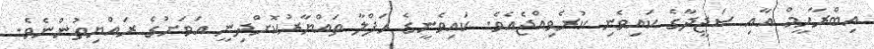
އިބްރާހީމް އާއި ސަޖީދާގެ ކައިވެނި ކުރެވިއްޖެއެވެ. ކައިވެނީގެ ހަފްލާ ތައްޔާރުކޮށްދިނީ އަވަށުގެ ރައްޔިތުންނެވެ.